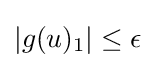
|g(u)_{1}|\leq \epsilon